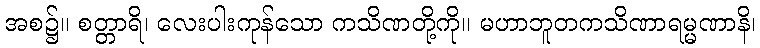
အစ၌။ စတ္တာရိ၊ လေးပါးကုန်သော ကသိဏတို့ကို။ မဟာဘူတကသိဏာရမ္မဏာနိ၊